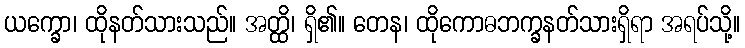
ယက္ခော၊ ထိုနတ်သားသည်။ အတ္ထိ၊ ရှိ၏။ တေန၊ ထိုကောဓဘက္ခနတ်သားရှိရာ အရပ်သို့။